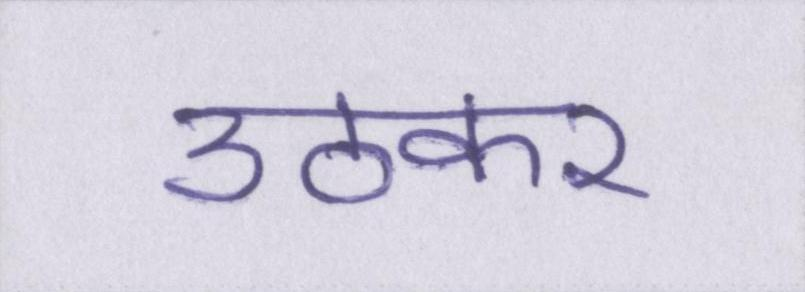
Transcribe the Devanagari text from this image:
उठकर